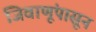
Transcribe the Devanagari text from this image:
जिवाणूंपासून